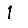
Digit: 1